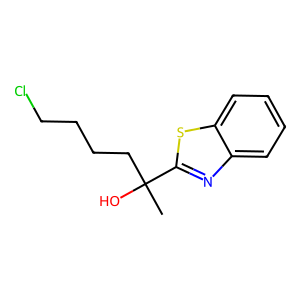
SMILES: CC(O)(CCCCCl)c1nc2ccccc2s1
Inhibits HIV replication: No